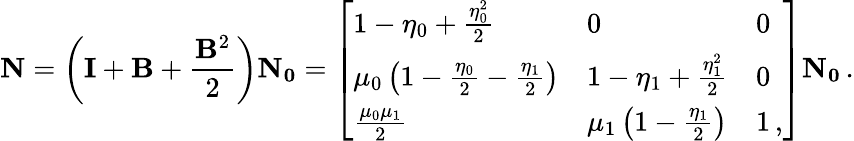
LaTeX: \mathbf{N}=\left(\mathbf{I}+\textbf{B}+\frac{\mathbf{B}^{2}}{2}\right)\mathbf{N_{0}}=\left[\begin{array}{lll}{1-\eta_{0}+\frac{\eta_{0}^{2}}{2}}&{0}&{0}\\ {\mu_{0}\left(1-\frac{\eta_{0}}{2}-\frac{\eta_{1}}{2}\right)}&{1-\eta_{1}+\frac{\eta_{1}^{2}}{2}}&{0}\\ {\frac{\mu_{0}\mu_{1}}{2}}&{\mu_{1}\left(1-\frac{\eta_{1}}{2}\right)}&{1\, ,}\end{array}\right]\mathbf{N_{0}}\, .